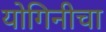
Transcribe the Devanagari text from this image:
योगिनीचा